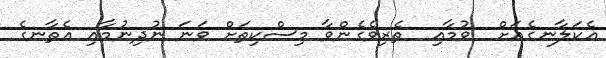
އެކަލާނގެއަށް  ވުމާއި  ތެރިވެގެންވާ މިސްކިތަށް ވަނަ ނުދިނުމާއި އެތާނގެ